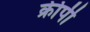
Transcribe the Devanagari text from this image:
क्रीपी